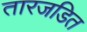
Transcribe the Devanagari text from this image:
तारजडित